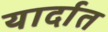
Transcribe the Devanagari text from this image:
यार्दात